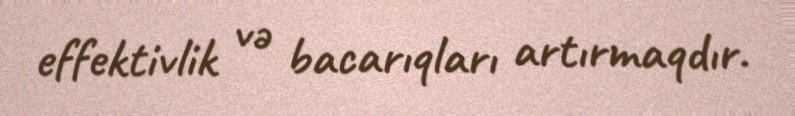
effektivlik və bacarıqları artırmaqdır.